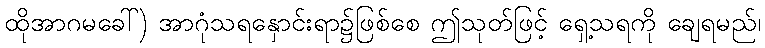
ထိုအာဂမခေါ်) အာဂုံသရနှောင်းရာ၌ဖြစ်စေ ဤသုတ်ဖြင့် ရှေ့သရကို ချေရမည်၊